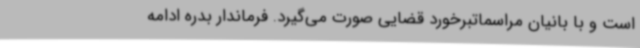
است و با بانیان مراسماتبرخورد قضایی صورت می‌گیرد. فرماندار بدره ادامه